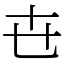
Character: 㔺